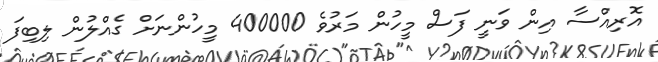
އޮރިއްސާ އިން ވަނީ ފަސް މީހުން މަރުވެ 400000 މީހުންނަށް ގެއްލުން ލިބިފަ